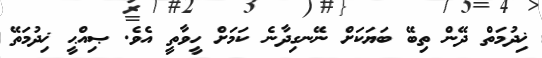
ޚިދުމަތް ދޭން ތިބޭ ބަޔަކަށް ނޭނގިދާނެ ކަމަށް ހީވާތީ އެވެ. ޞިއްޙީ ޚިދުމަތޭ